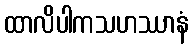
ထာလိပါကသဟဿာနံ